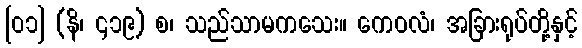
[၀၁] (နိ၊ ၄၁၉) စ၊ သည်သာမကသေး။ ကေဝလံ၊ အခြားရုပ်တို့နှင့်